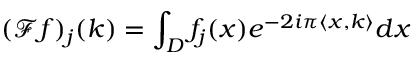
( \mathcal { F } f ) _ { j } ( k ) = \int _ { D } f _ { j } ( x ) e ^ { - 2 i \pi \langle x , k \rangle } d x